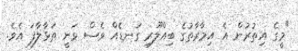
"މީގެ އިތުރުން އެ އިމާރާތުގެ ބިއްލޫރި ގަނޑެއް ވެސް ވަނީ ތަޅާލާފަ އެވެ.